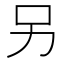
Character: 另